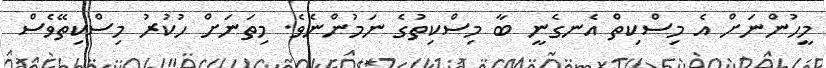
މީހުންނަށް އެ މިސްކިތް އެނގެނީ ބާ މިސްކިތުގެ ނަމުންނެވެ. މިތަނަށް ހުކުރު މިސްކިތޭވެސް